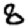
Digit: 8